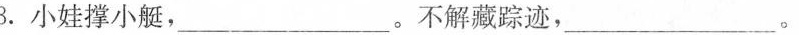
3.小娃撑小艇，_____________。不解藏踪迹，_________________。